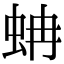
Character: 蚺